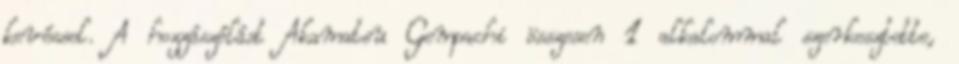
kevéssel. A hozzászólást Akamatsu Gempachi összesen 1 alkalommal szerkesztette,